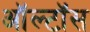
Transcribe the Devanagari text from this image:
ऑल्टॉस